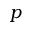
p